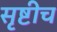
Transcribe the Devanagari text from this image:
सृष्टीच